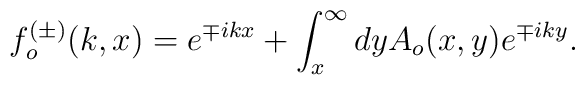
f^{(\pm)}_o(k,x)=e^{\mp ikx}+\int_{x}^{\infty}dy A_o(x,y)e^{\mp iky}.